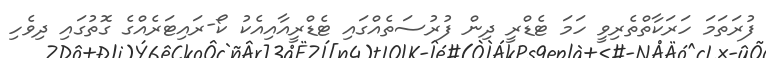
ފުރަތަމަ ހަރަކާތްތެރިވީ ހަމަ ޓެޑްރީ ދިން ފުރުސަތެއްގައި ޓެޑްރީއާއިއެކު ކޯ-ރައިޓަރެއްގެ ގޮތުގައި ދިވެހި